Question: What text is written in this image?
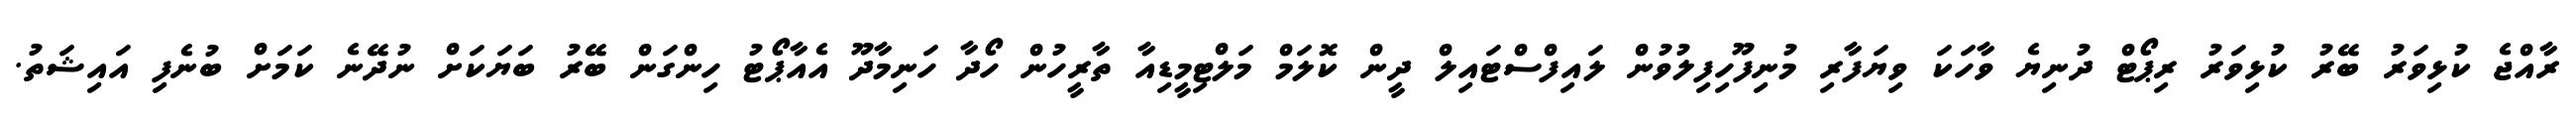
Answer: ރާއްޖެ ކުޅިވަރު ބޭރު ކުޅިވަރު ރިޕޯޓް ދުނިޔެ ވާހަކަ ވިޔަފާރި މުނިފޫހިފިލުވުން ލައިފްސްޓައިލް ދީން ކޮލަމް މަލްޓިމީޑިއާ ތާރީހުން ހޯދާ ހަނިމާދޫ އެއާޕޯޓު ހިންގަން ބޭރު ބަޔަކަށް ނުދޭނެ ކަމަށް ބުނެފި އައިޝަތު.